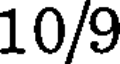
10/9